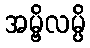
အမ္ဗိလမ္ပိ